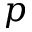
p